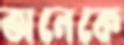
অনেকে